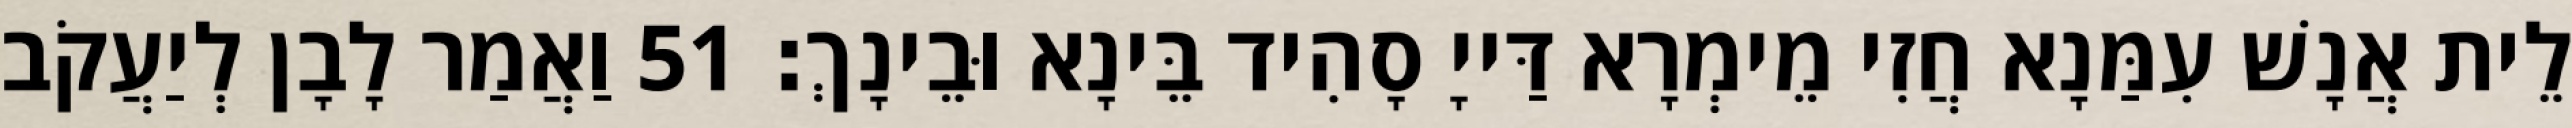
לֵית אֲנָשׁ עִמַּנָא חֲזִי מֵימְרָא דַּייָ סָהִיד בֵּינָא וּבֵינָךְ׃ 51 וַאֲמַר לָבָן לְיַעֲקֹב